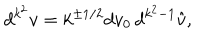
d ^ { k ^ { 2 } } v = k ^ { \pm 1 / 2 } d v _ { 0 } \, d ^ { k ^ { 2 } - 1 } \hat { v } ,